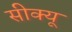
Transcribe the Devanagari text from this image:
सीक्यू